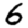
Digit: 6